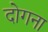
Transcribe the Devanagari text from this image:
दोगना